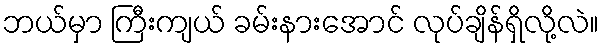
ဘယ်မှာ ကြီးကျယ် ခမ်းနားအောင် လုပ်ချိန်ရှိလို့လဲ။